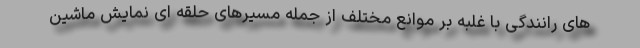
های رانندگی با غلبه بر موانع مختلف از جمله مسیرهای حلقه ای نمایش ماشین